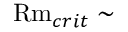
\mathrm { R m } _ { c r i t } \sim